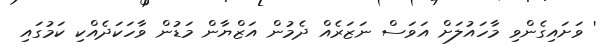
' ވަށައިގެންވި މާހައުލަށް އަވަސް ނަޒަރެއް ދެމުން އަޒްޔާން މަޑުން ވާހަކަދެއްކި ކަމުގައި